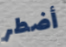
أضطر